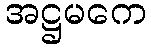
အဋ္ဌမကေ